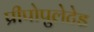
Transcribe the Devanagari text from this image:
प्रीपोपुलेटेड